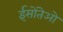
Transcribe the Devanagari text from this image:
ईसोंतेओ